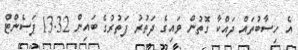
އެ ހިސާބުތައް ދައްކާ ގޮތުން ވައިގެ ދަތުރު ފަތުރުގެ ބައިން 13.32 ޕަސެންޓް